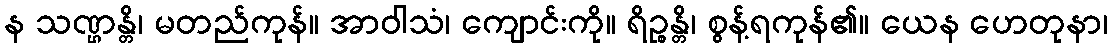
န သဏ္ဌန္တိ၊ မတည်ကုန်။ အာဝါသံ၊ ကျောင်းကို။ ရိဉ္စန္တိ၊ စွန့်ရကုန်၏။ ယေန ဟေတုနာ၊